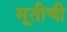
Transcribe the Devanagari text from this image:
मूतीची